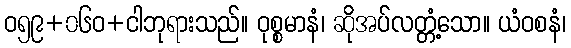
ဝ၅၉+၀၆ဝ+ငါဘုရားသည်။ ဝုစ္စမာနံ၊ ဆိုအပ်လတ္တံ့သော။ ယံဝစနံ၊